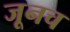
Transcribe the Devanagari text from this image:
जूनच